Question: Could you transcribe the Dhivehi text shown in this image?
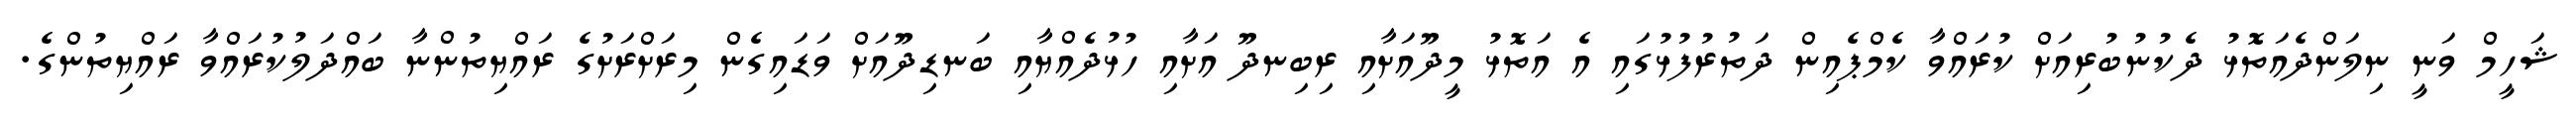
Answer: ޝަހީމް ވަނީ ނިލަންދެއަތޮޅު ދެކުނުބުރިއަށް ކުރައްވާ ކެމްޕެއިން ދަތުރުފުޅުގައި އެ އަތޮޅު މީދޫއަށާއި ރިބިނދޫ އަށާއި ހުޅުދެއްޔާއި ބަނޑިދޫއަށް ވަޑައިގެން މިރަށްރަށުގެ ރައްޔިތުންނާ ބައްދަލުކުރައްވާ ރައްޔިތުންގެ.